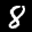
Label: 8